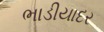
ભાડીયાદર